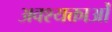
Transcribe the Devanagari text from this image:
अवश्यक्ताओं